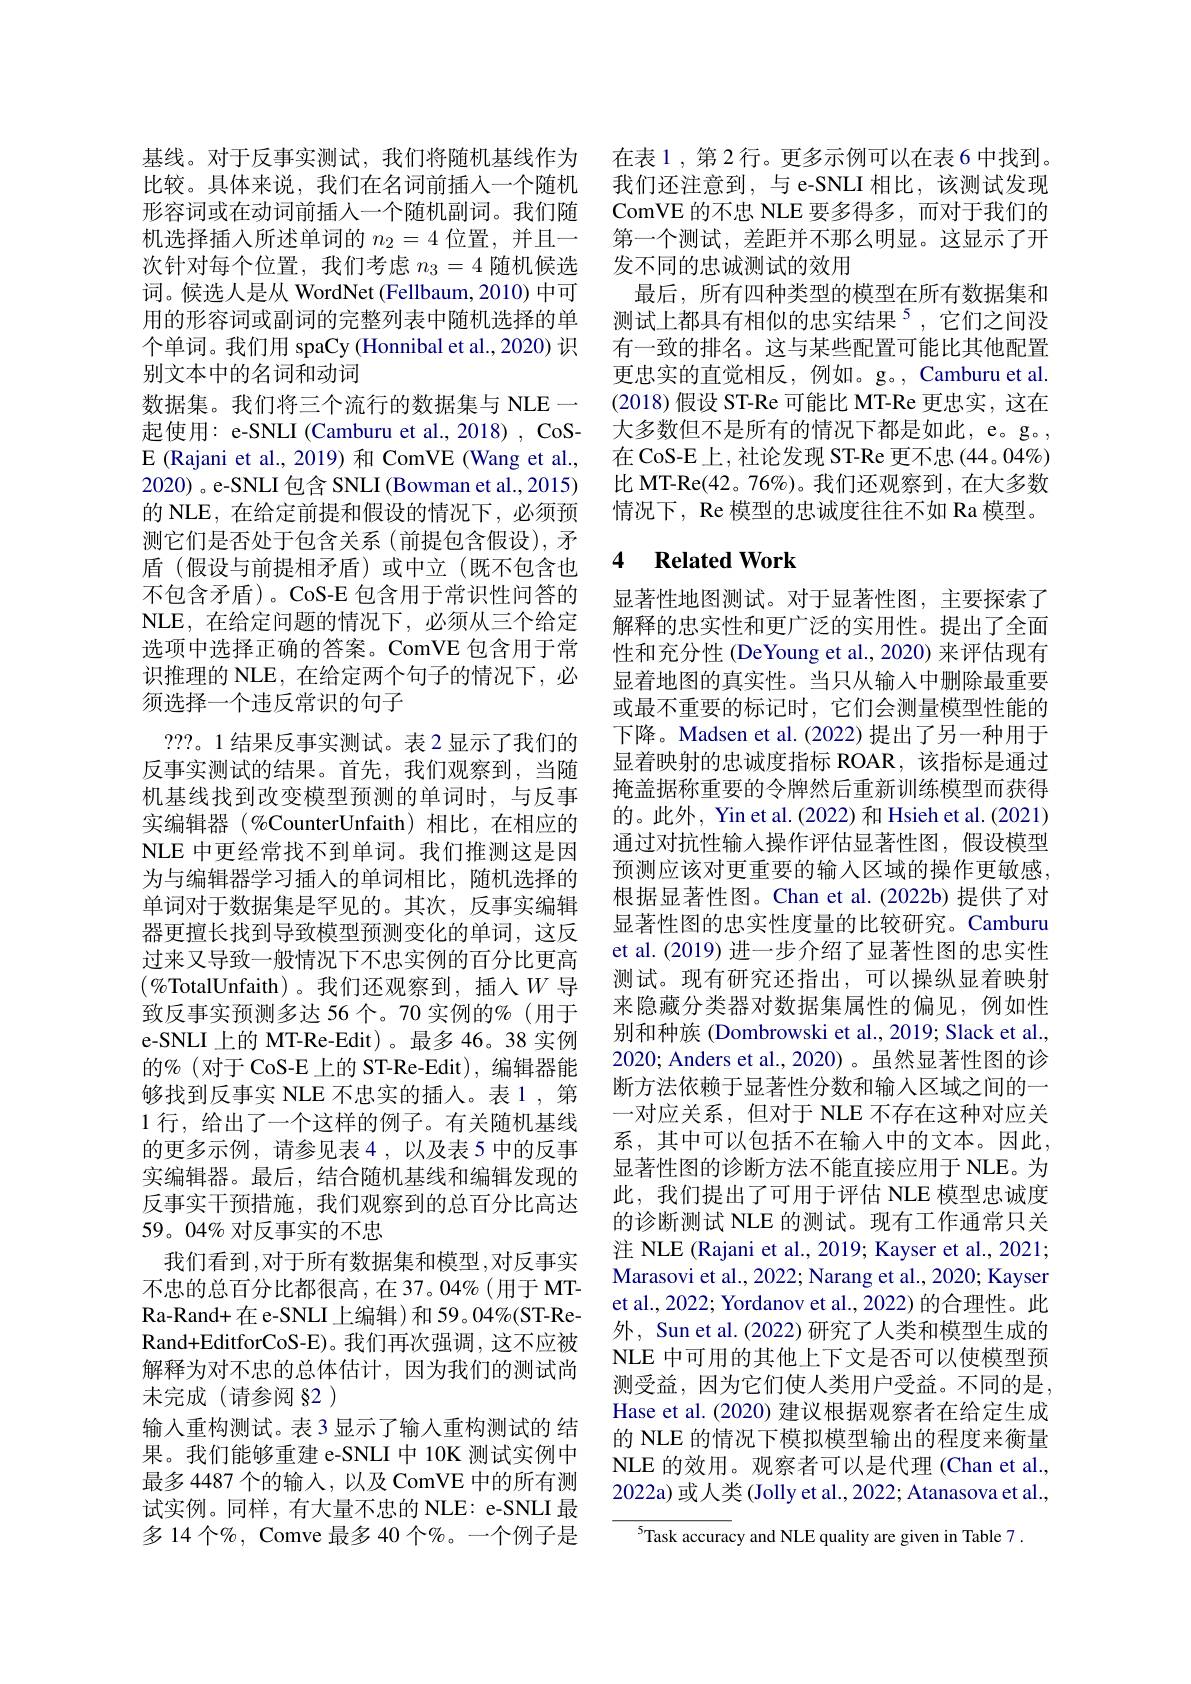
基线。对于反事实测试，我们将随机基线作为比较。具体来说，我们在名词前插人一个随机形容词或在动词前插人一个随机副词。我们随机选择插入所述单词的$n_{2}=4$位置，并且一次针对每个位置，我们考虑$n_3=4$随机候选词。候选人是从 WordNet (Fellbaum, 2010) 中可用的形容词或副词的完整列表中随机选择的单个单词。我们用 spaCy (Honnibal et al.,2020) 识别文本中的名词和动词
数据集。我们将三个流行的数据集与 NLE 一起使用：e-SNLI (Camburu et al., 2018) , CoSE (Rajani et al., 2019) 和 ComVE (Wang et al., 2020) 。e-SNLI 包含 SNLI (Bowman et al.,2015) 的 NLE, 在给定前提和假设的情况下，必须预测它们是否处于包含关系(前提包含假设), 矛盾(假设与前提相矛盾)或中立(既不包含也不包含矛盾)。CoS-E 包含用于常识性问答的NLE,在给定问题的情况下，必须从三个给定选项中选择正确的答案。ComVE 包含用于常识推理的 NLE, 在给定两个句子的情况下，必须选择一个违反常识的句子
???。1 结果反事实测试。表 2 显示了我们的反事实测试的结果。首先，我们观察到，当随机基线找到改变模型预测的单词时，与反事实编辑器 (%CounterUnfaith)相比，在相应的NLE 中更经常找不到单词。我们推测这是因为与编辑器学习插入的单词相比，随机选择的单词对于数据集是罕见的。其次，反事实编辑器更擅长找到导致模型预测变化的单词，这反过来又导致一般情况下不忠实例的百分比更高$(\%$TotalUnfaith)。我们还观察到，插入$W$ 导致反事实预测多达 56 个。70 实例的%(用于e-SNLI 上的 MT-Re-Edit)。最多 46。38 实例的%(对于CoS-E上的 ST-Re-Edit),编辑器能够找到反事实 NLE 不忠实的插人。表 1 , 第1 行，给出了一个这样的例子。有关随机基线的更多示例，请参见表4，以及表5中的反事实编辑器。最后，结合随机基线和编辑发现的反事实干预措施，我们观察到的总百分比高达59。04% 对反事实的不忠
我们看到，对于所有数据集和模型，对反事实不忠的总百分比都很高，在 37。04%(用于 MTRa- Rand+ 在 e-SNLI 上编辑)和 59。04%(ST-ReRand+EditforCoS-E)。我们再次强调，这不应被解释为对不忠的总体估计，因为我们的测试尚未完成(请参阅 §2)
输入重构测试。表 3 显示了输人重构测试的 结果。我们能够重建 e-SNLI 中 10K 测试实例中最多 4487 个的输入，以及 ComVE 中的所有测试实例。同样，有大量不忠的 NLE: e-SNLI 最多 14 个%, Comve 最多 40 个%。一个例子是

在表1，第2行。更多示例可以在表6中找到。我们还注意到，与 e-SNLI 相比，该测试发现ComVE 的不忠 NLE 要多得多，而对于我们的第一个测试，差距并不那么明显。这显示了开发不同的忠诚测试的效用
最后，所有四种类型的模型在所有数据集和测试上都具有相似的忠实结果$^{5}$,它们之间没有一致的排名。这与某些配置可能比其他配置更忠实的直觉相反，例如。g。, Camburu et al. (2018)假设 ST-Re 可能比 MT-Re 更忠实，这在大多数但不是所有的情况下都是如此，e。g。, 在 CoS-E 上，社论发现 ST-Re 更不忠 (44。04%) 比 MT-Re(42。76%)。我们还观察到，在大多数情况下，Re 模型的忠诚度往往不如 Ra 模型。

### 4 $\textbf{Related Work}$

显著性地图测试。对于显著性图，主要探索了解释的忠实性和更广泛的实用性。提出了全面性和充分性 (DeYoung et al., 2020) 来评估现有显着地图的真实性。当只从输入中删除最重要或最不重要的标记时，它们会测量模型性能的下降。Madsen et al.(2022) 提出了另一种用于显着映射的忠诚度指标 ROAR,该指标是通过掩盖据称重要的令牌然后重新训练模型而获得的。此外，Yin et al.(2022) 和 Hsieh et al.(2021) 通过对抗性输入操作评估显著性图，假设模型预测应该对更重要的输入区域的操作更敏感， 根据显著性图。Chan et al.(2022b)提供了对显著性图的忠实性度量的比较研究。Camburu et al. (2019) 进一步介绍了显著性图的忠实性测试。现有研究还指出，可以操纵显着映射来隐藏分类器对数据集属性的偏见，例如性别和种族 (Dombrowski et al., 2019; Slack et al., 2020; Anders et al.,2020)。虽然显著性图的诊断方法依赖于显著性分数和输人区域之间的一一对应关系，但对于 NLE 不存在这种对应关系，其中可以包括不在输入中的文本。因此， 显著性图的诊断方法不能直接应用于 NLE。为此，我们提出了可用于评估 NLE 模型忠诚度的诊断测试 NLE 的测试。现有工作通常只关注 NLE (Rajani et al., 2019; Kayser et al., 2021; Marasovi et al., 2022; Narang et al., 2020; Kayser et al., 2022; Yordanov et al., 2022) 的合理性。此外，Sun et al.(2022) 研究了人类和模型生成的NLE 中可用的其他上下文是否可以使模型预测受益，因为它们使人类用户受益。不同的是， Hase et al. (2020) 建议根据观察者在给定生成的 NLE 的情况下模拟模型输出的程度来衡量NLE 的效用。观察者可以是代理 (Chan et al., 2022a) 或人类(Jolly et al., 2022; Atanasova et al.,
$^{5}$Task accuracy and NLE quality are given in Table 7.